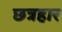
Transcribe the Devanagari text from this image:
छत्रहार